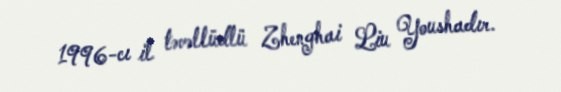
1996-cı il təvəllüdlü Zhenghai Liu Youshadır.